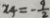
x _ { 4 } = - \frac { 9 } { 2 }